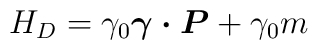
H_{D}=\gamma_0\mbox{\boldmath $\gamma\cdot P$} +\gamma_0 m